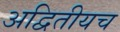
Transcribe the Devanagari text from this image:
अद्वितीयच